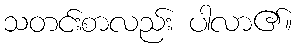
သတင်းစာလည်း ပါလာ၏။